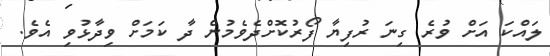
ލައްކަ އަށް ވުރެ ގިނަ ރުފިޔާ ފޯރުކޮށްދެވެމުން ދާ ކަމަށް ވިދާޅުވި އެވެ.